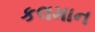
કલમાન